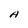
Character: A